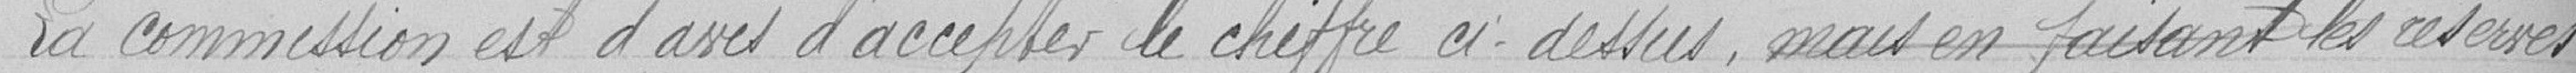
La commission est d'avis d'accepter le chiffre ci-dessus, mais en faisant les réserves